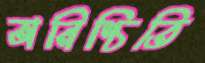
অনিশ্চিতি